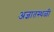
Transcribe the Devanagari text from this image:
अज्ञातस्थळी